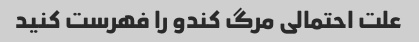
علت احتمالی مرگ کندو را فهرست کنید